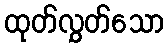
ထုတ်လွှတ်သော